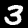
Digit: 3